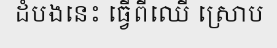
ដំបងនេះ ធ្វើពីឈើ ស្រោប